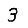
Digit: 3